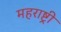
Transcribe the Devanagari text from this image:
महराष्ट्री